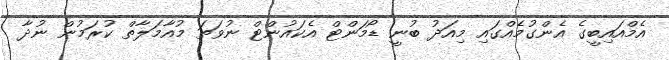
އެމްއައިބީގެ އެންގުމެއްގައި މިއަދު ބުނީ ޑޯމަންޓް އެކައުންޓް ނުވަތަ މުއާމަލާތް ކުރަމުން ނުދާ